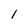
Character: 1